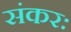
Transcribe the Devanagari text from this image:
संकरः